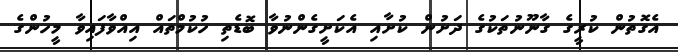
އެގޮތުން ކުރީގެ ގާނޫނުތަކުގެ ދަށުން ކުށާއި އެކަށީގެންނުވާ ބޮޑެތި ހުކުމްތައް އިއްވާފައިވާ މީހުންގެ